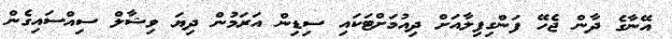
އޭނާގެ ދާން ޖެހޭ ފަންގިފިލާއަށް ދިއުމަށްޓަކައި ސިޑިން އަރަމުން ދިޔަ ވިޝާލް ސިއްސައިގެން